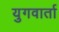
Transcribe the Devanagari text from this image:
युगवार्ता